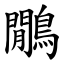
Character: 鷳